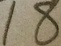
1 8